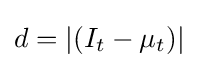
d=|(I_{t}-\mu _{t})|